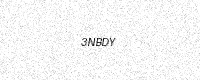
Text: 3NBDY